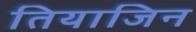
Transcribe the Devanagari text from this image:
तियाजिन